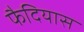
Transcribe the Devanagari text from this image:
फैदियास